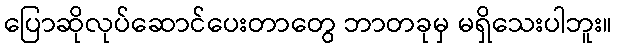
ပြောဆိုလုပ်ဆောင်ပေးတာတွေ ဘာတခုမှ မရှိသေးပါဘူး။